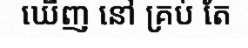
ឃើញ នៅ គ្រប់ តែ